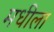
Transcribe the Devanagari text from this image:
मधीला